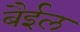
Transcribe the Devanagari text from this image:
बैईल